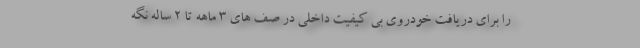
را برای دریافت خودروی بی کیفیت داخلی در صف های ۳ ماهه تا ۲ ساله نگه